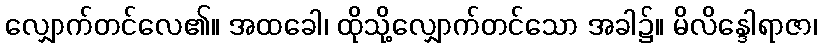
လျှောက်တင်လေ၏။ အထခေါ၊ ထိုသို့လျှောက်တင်သော အခါ၌။ မိလိန္ဒေါရာဇာ၊